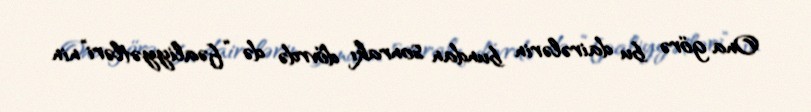
Ona görə bu dairələrin bundan sonrakı dövrdə də “fəaliyyətləri”nin